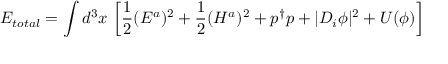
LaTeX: E _ { t o t a l } = \int d ^ { 3 } x \, \left[ \frac { 1 } { 2 } ( E ^ { a } ) ^ { 2 } + \frac { 1 } { 2 } ( H ^ { a } ) ^ { 2 } + p ^ { \dagger } p + | D _ { i } \phi | ^ { 2 } + U ( \phi ) \right]